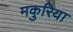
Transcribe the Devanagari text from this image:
मकुरिया